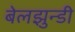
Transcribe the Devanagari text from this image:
बेलझुन्डी